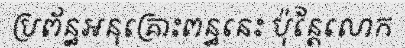
ប្រព័ន្ធអនុគ្រោះពន្ធនេះ ប៉ុន្តែលោក